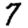
Digit: 7